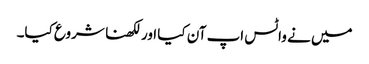
میں نے واٹس اپ آن کیا اور لکھنا شروع کیا۔